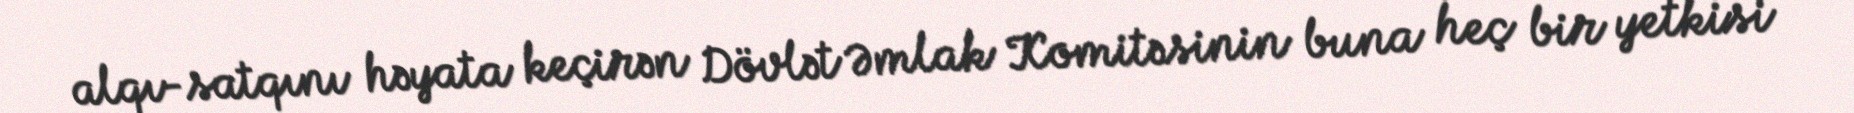
alqı-satqını həyata keçirən Dövlət Əmlak Komitəsinin buna heç bir yetkisi